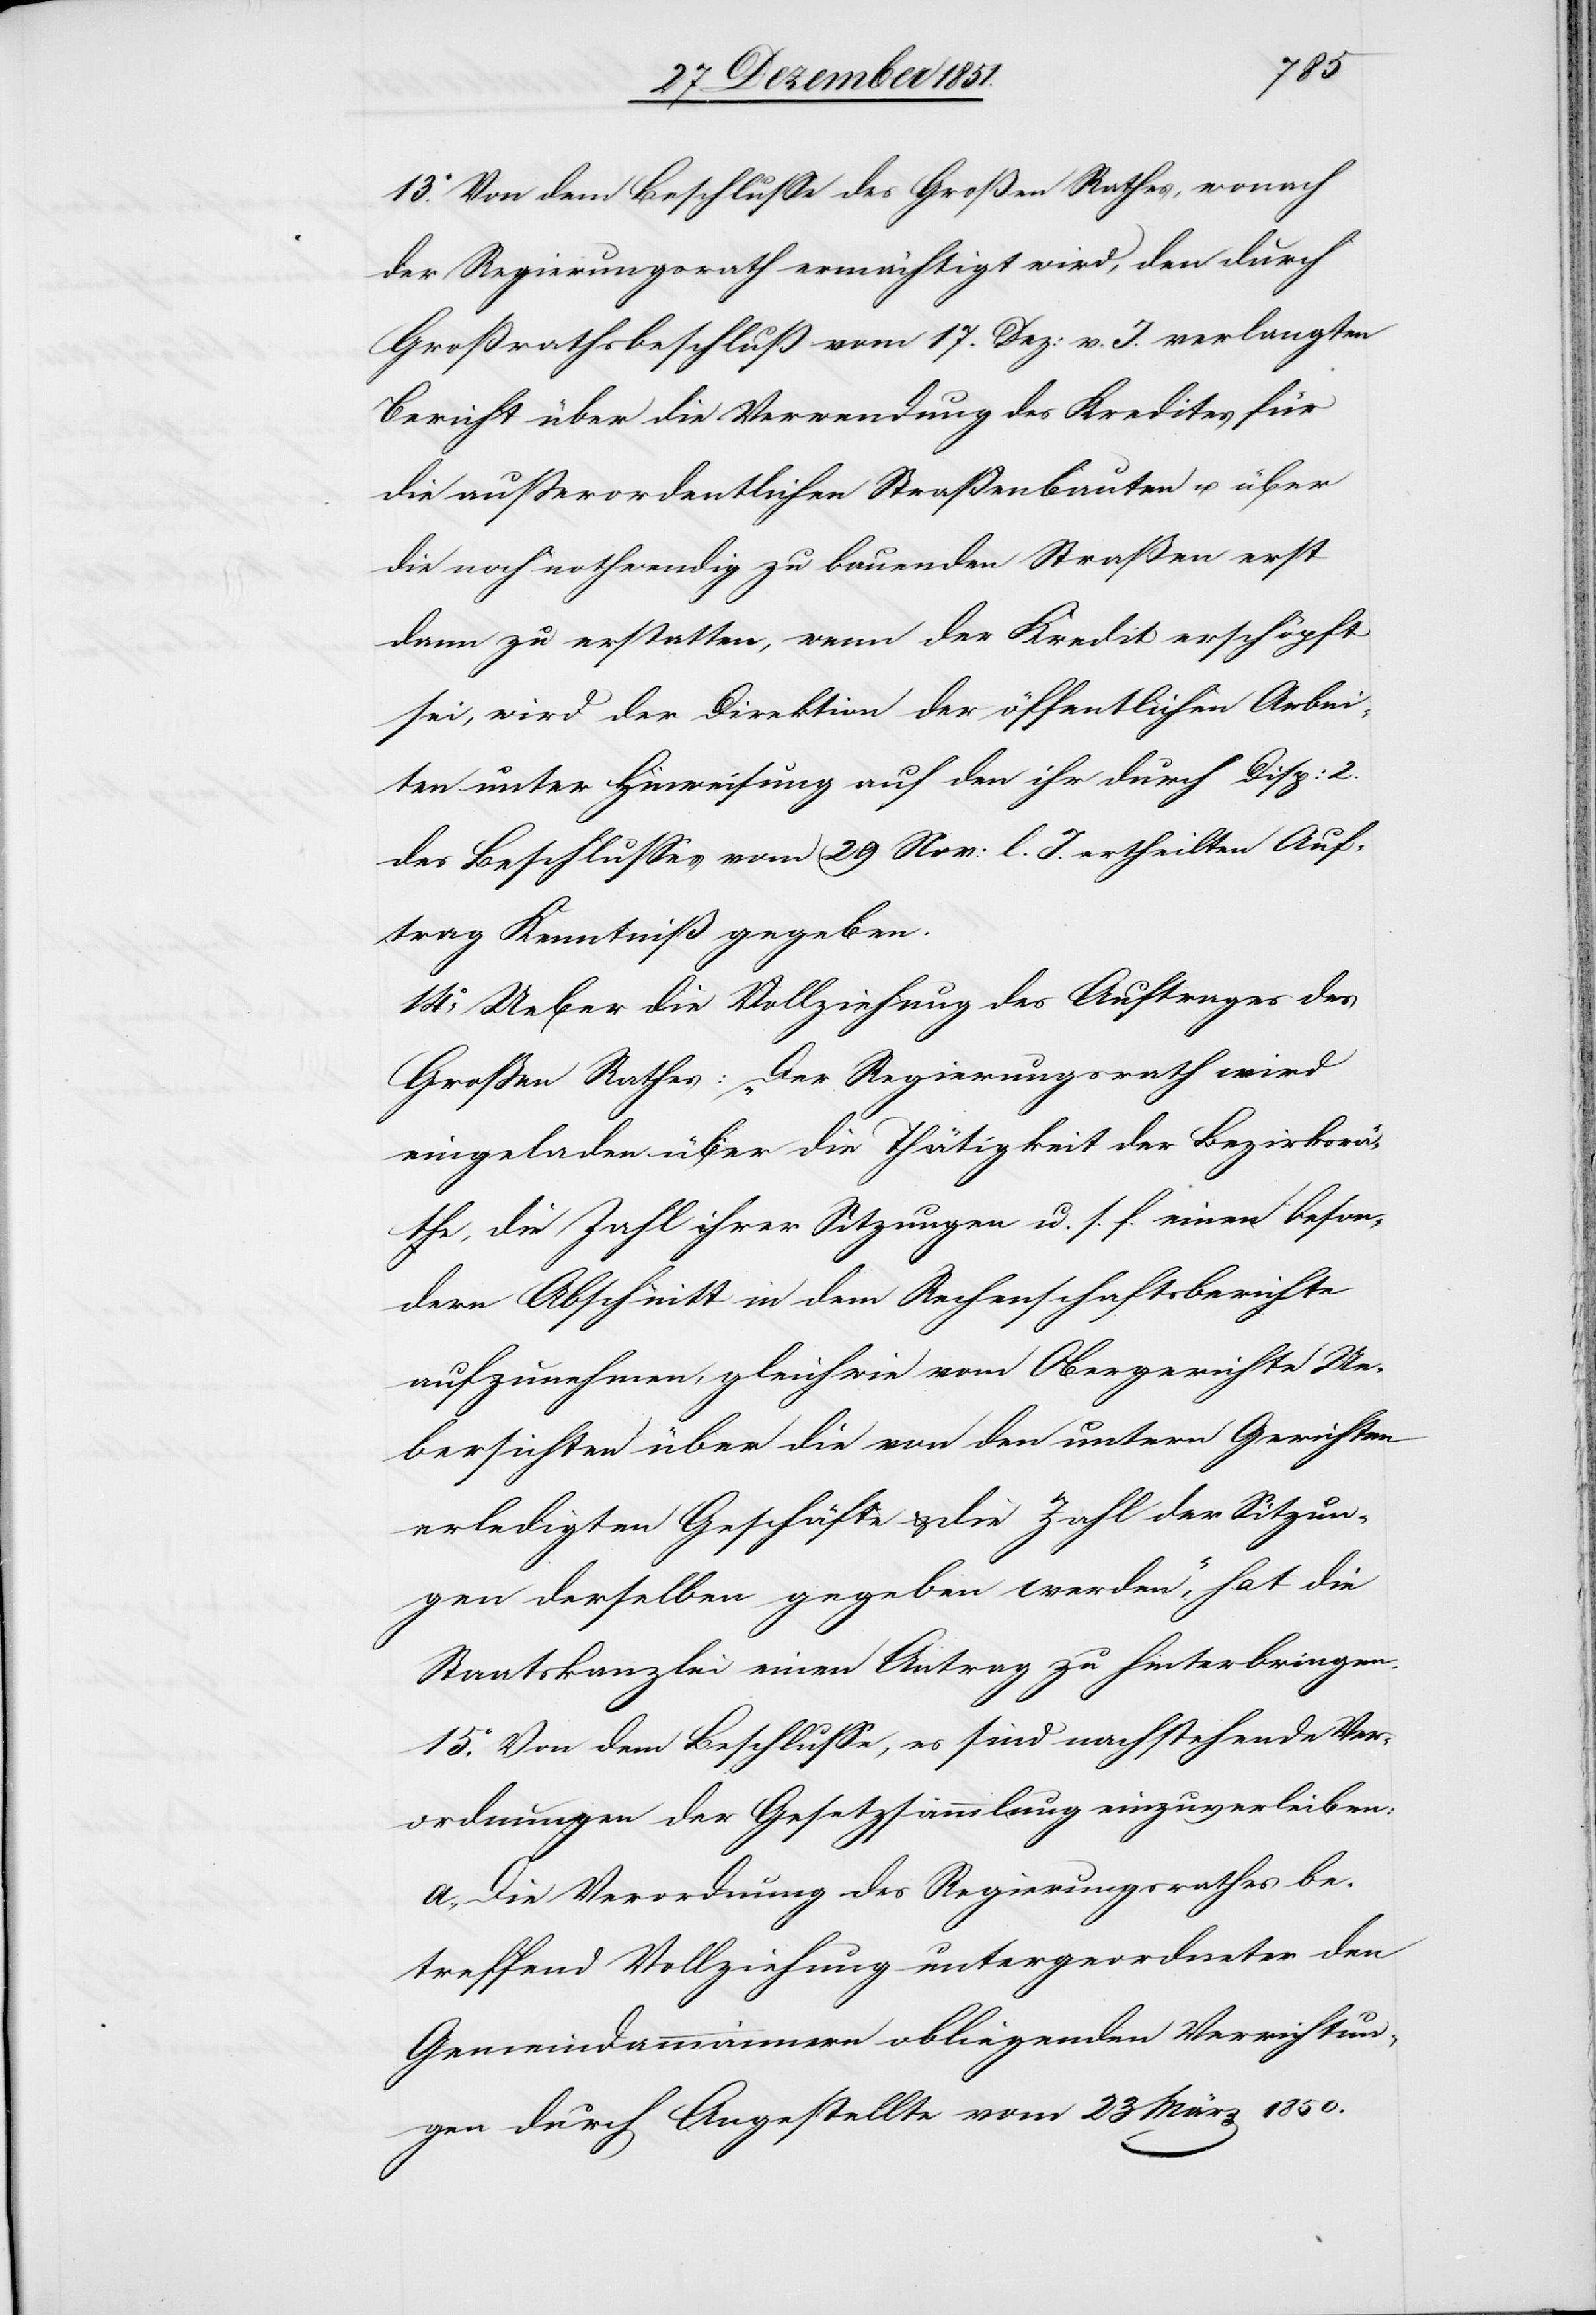
13.o Von dem Beschlusse des Großen Rathes, wonach
der Regierungsrath ermächtigt wird, den durch
Großrathsbeschluß vom 17. Dez: v. J. verlangten
Bericht über die Verwendung des Kredites für
die außerordentlichen Straßenbauten u. über
die noch nothwendig zu bauenden Straßen erst
dann zu erstatten, wenn der Kredit erschöpft
sei, wird der Direktion der öffentlichen Arbei¬
ten unter Hinweisung auf den ihr durch Disp: 2.
des Beschlusses vom 29 Nov: l. J. ertheilten Auf¬
trag Kenntniß gegeben.
14.o Ueber die Vollziehung des Auftrages des
Großen Rathes: „Der Regierungsrath wird
eingeladen über die Thätigkeit der Bezirksrä¬
the, die Zahl ihrer Sitzungen u. s. f. einen beson¬
dern Abschnitt in dem Rechenschaftsberichte
aufzunehmen, gleichwie vom Obergerichte Ue¬
bersichten über die von den untern Gerichten
erledigten Geschäfte & die Zahl der Sitzun¬
gen derselben gegeben werden,“ hat die
Staatskanzlei einen Antrag zu hinterbringen.
15.o Von dem Beschlusse, [„]es sind nachstehende Ver¬
ordnungen der Gesetzsammlung einzuverleiben:
a., Die Verordnung des Regierungsrathes be¬
treffend Vollziehung untergeordneter den
Gemeindammännern obliegenden Verrichtun¬
gen durch Angestellte vom 23 März 1850.